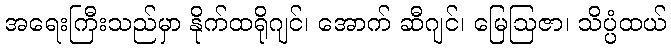
အရေးကြီးသည်မှာ နိုက်ထရိုဂျင်၊ အောက် ဆီဂျင်၊ မြေဩဇာ၊ သိပ္ပံထယ်